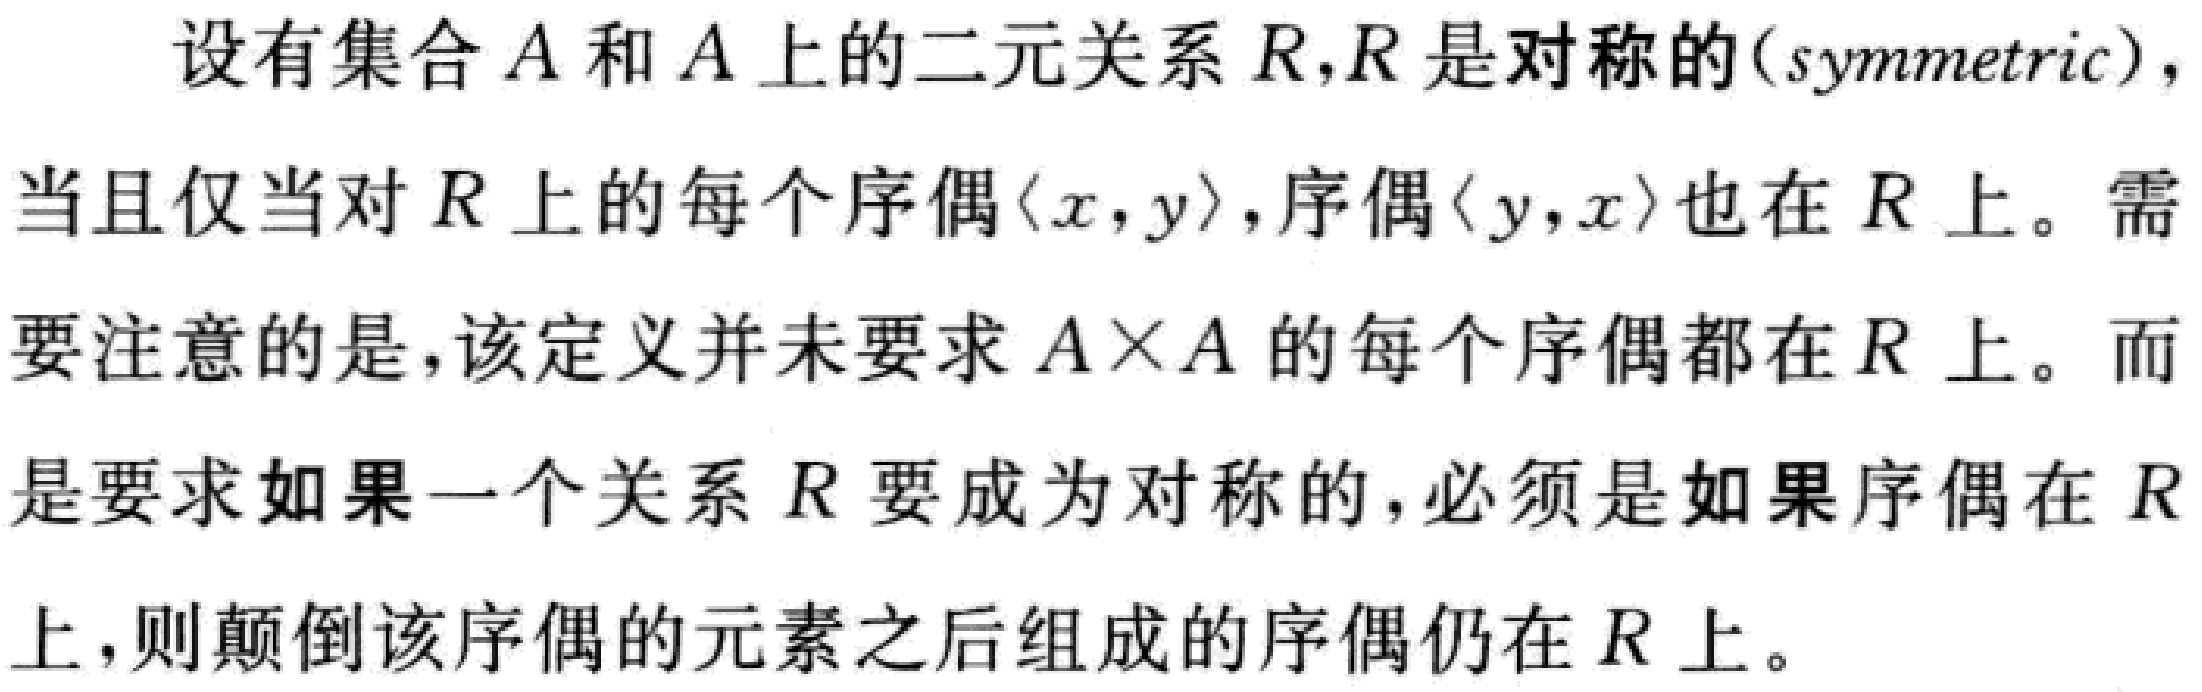
设有集合\(A\)和\(A\)上的二元关系\(R\)，\(R\)是对称的(symmetric)，当且仅当对\(R\)上的每个序偶\(\langle x,y\rangle\)，序偶\(\langle y,x\rangle\)也在\(R\)上。需要注意的是，该定义并未要求\(A\times A\)的每个序偶都在\(R\)上。而是要求如果一个关系\(R\)要成为对称的，必须是如果序偶在\(R\)上，则颠倒该序偶的元素之后组成的序偶仍在\(R\)上。